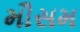
મૌસમ